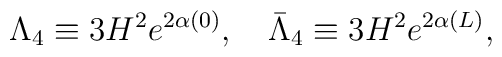
\Lambda_4 \equiv 3H^2e^{2\alpha(0)}, \quad \bar{\Lambda}_4 \equiv 3H^2e^{2\alpha(L)},